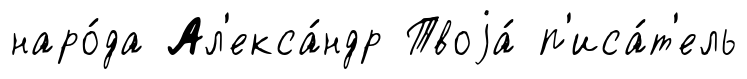
наро́да Ал'екса́ндр Твоjа́ п'иса́т'ель